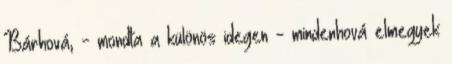
Bárhová, - mondta a különös idegen - mindenhová elmegyek